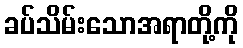
ခပ်သိမ်းသောအရာတို့ကို